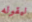
ليقوله